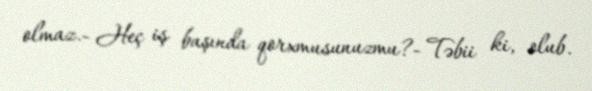
olmaz.- Heç iş başında qorxmusunuzmu?- Təbii ki, olub.